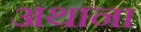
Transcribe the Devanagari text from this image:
अथाना